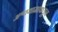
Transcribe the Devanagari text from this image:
अश्वथामाकडून